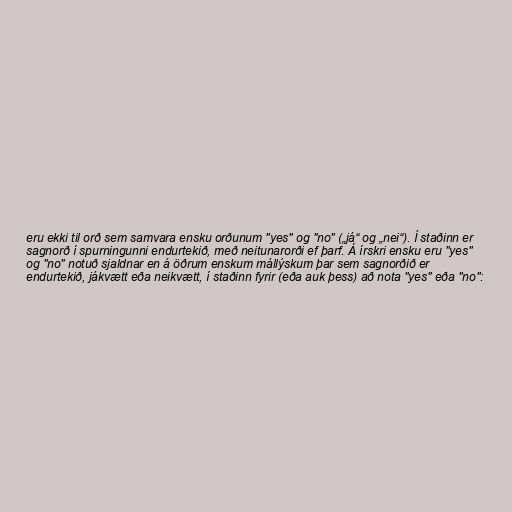
eru ekki til orð sem samvara ensku orðunum "yes" og "no" („já“ og „nei“). Í staðinn er
sagnorð í spurningunni endurtekið, með neitunarorði ef þarf. Á írskri ensku eru "yes"
og "no" notuð sjaldnar en á öðrum enskum mállýskum þar sem sagnorðið er
endurtekið, jákvætt eða neikvætt, í staðinn fyrir (eða auk þess) að nota "yes" eða "no":